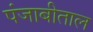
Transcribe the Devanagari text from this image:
पंजाबीताल